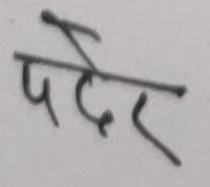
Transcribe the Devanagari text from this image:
पेदर